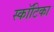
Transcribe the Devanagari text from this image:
स्कॉटिका